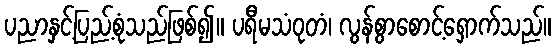
ပညာနှင့်ပြည့်စုံသည်ဖြစ်၍။ ပရီမသံဝုတံ၊ လွန်စွာစောင့်ရှောက်သည်။